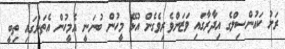
ރަށު ކައުންސިލްގެ އިދާރާގައި ވަޒަންވެރިވެގެން އުޅޭ މީހުން ބުނަނީ އެމީހުން އެތަނުގައި ތިބީ